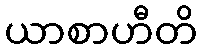
ယာစာဟီတိ